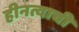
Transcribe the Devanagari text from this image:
हीनत्वाची